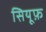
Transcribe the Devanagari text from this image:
सियूफ़